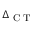
\Delta _ { \textrm { C T } }